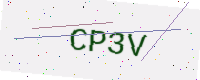
Text: CP3V